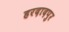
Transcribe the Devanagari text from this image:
हरदादपुर